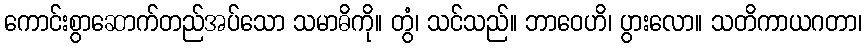
ကောင်းစွာဆောက်တည်အပ်သော သမာဓိကို။ တွံ၊ သင်သည်။ ဘာဝေဟိ၊ ပွားလော။ သတိကာယဂတာ၊